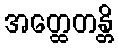
အတ္ထေတန္တိ